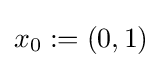
x_{0}:=(0,1)